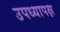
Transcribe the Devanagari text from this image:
उपध्यापक्ष